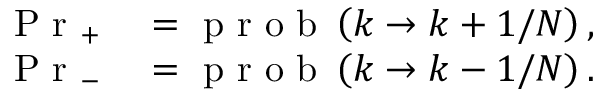
\begin{array} { r l } { \mathrm { ~ P ~ r ~ } _ { + } } & { { } = \mathrm { ~ p ~ r ~ o ~ b ~ } \left( k \rightarrow k + 1 / N \right) , } \\ { \mathrm { ~ P ~ r ~ } _ { - } } & { { } = \mathrm { ~ p ~ r ~ o ~ b ~ } \left( k \rightarrow k - 1 / N \right) . } \end{array}